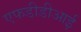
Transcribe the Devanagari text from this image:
एफडीडीआई